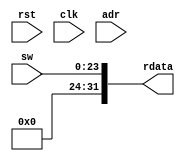
module Switches(
    input wire rst, // ҪrstclkźŻᵼopt_design fail
    input wire clk,
    input wire [11: 0] adr,
    input wire [23: 0] sw,
    output wire [31: 0] rdata
);

assign rdata = {8'h0, sw[23: 0]};

endmodule